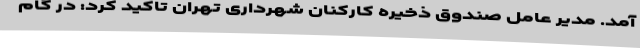
آمد. مدیر عامل صندوق ذخیره کارکنان شهرداری تهران تاکید کرد: در گام